Civil Veterinary Department. Madras. Admin. report 1926-33 - 1926-1933
Year: 1926
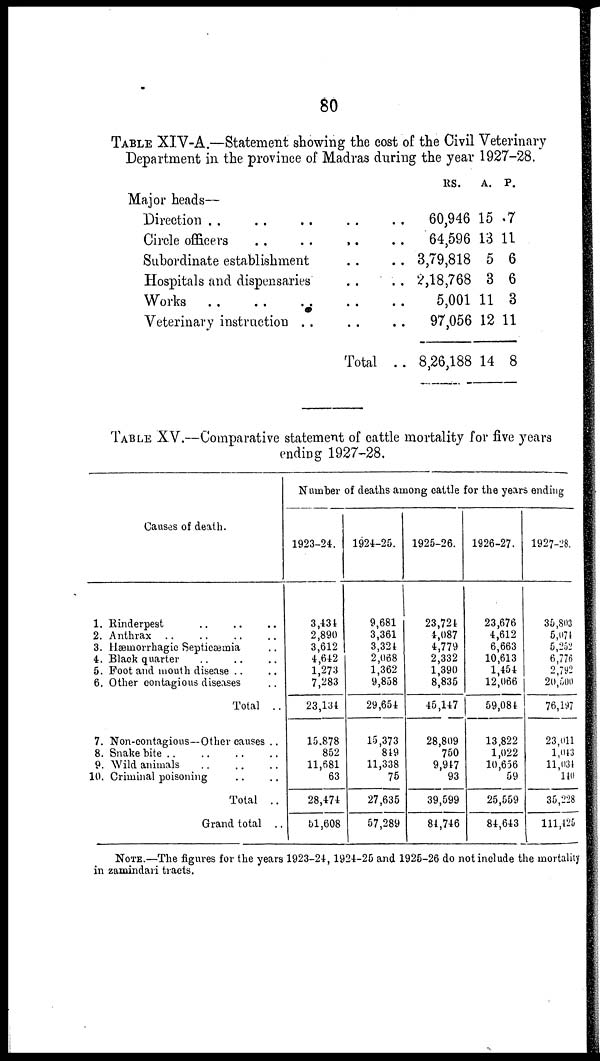
80
TABLE XIV-A.—Statement showing the cost of the Civil Veterinary
Department in the province of Madras during the year 1927-28.
Major heads—
Direction .. .. .. ..
Circle officers .. .. ..
Subordinate establishment ..
Hospitals and dispensaries ..
Works .. .. .. ..
Veterinary instruction .. ..
Total
RS.
60,946
64,596
3,79,818
2,18,768
5,001
97,056
826,188
A.
15
13
5
3
11
12
14
P.
7
11
6
6
3
11
8
TABLE XV.—Comparative statement of cattle mortality for five years
ending 1927-28.
Causes of death.
1. Rinderpest .. .. ..
2. Anthrax .. .. .. ..
3. Hæmorrhagic Septicæmia ..
4. Black quarter .. .. ..
5. Foot and mouth disease .. ..
6. Other contagious diseases ..
Total ..
7. Non-contagious—Other causes ..
8. Snake bite .. .. .. ..
9. Wild animals .. .. ..
10. Criminal poisoning .. ..
Total ..
Grand total ..
Number of deaths among cattle for the years ending
1923-24.
3,431
2,890
3,612
4,642
1,273
7,283
23,134
15.878
852
11,681
63
28,474
51,608
1924-25.
9,681
3,361
3,324
2,068
1,362
9,858
29,654
15,373
849
11,338
75
27,635
57,289
1925-26.
23,724
4,087
4,779
2,332
1,390
8,835
45,147
28,809
750
9,917
93
39,599
81,746
1926-27.
23,676
4,612
6,663
10,613
1,454
12,066
59,084
13,822
1,022
10,656
59
25,559
84,643
1927-28.
35,803
5,071
5,252
6,776
2 792
20,500
76,197
23,011
1,043
11,034
110
35,228
111,426
NOTE.—The figures for the years 1923-24, 1924-25 and 1925-26 do not include the mortality
in zamindari tracts.